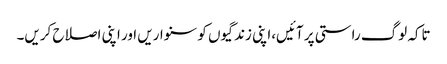
تاکہ لوگ راستی پر آئیں،اپنی زندگیوں کو سنواریں اور اپنی اصلاح کریں۔